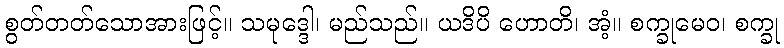
စွတ်တတ်သောအားဖြင့်။ သမုဒ္ဒေါ၊ မည်သည်။ ယဒိပိ ဟောတိ၊ အံ့။ စက္ခုမေဝ၊ စက္ခု